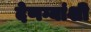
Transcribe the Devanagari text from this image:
देणग्यांशी